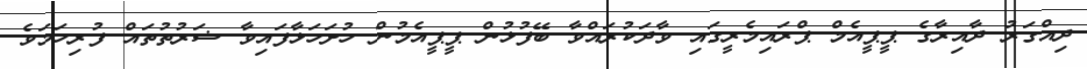
ދިއްގަރު ދާއިރާގެ ޕީޕީއެމް ޕްރައިމެރީގައި ވާދަކުރައްވާ ބޭފުޅުން ޕީޕީއެމުން ހުށަހަޅާފައިވާ ޝަރުތުތައް ފުރިހަމަވެ